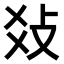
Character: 𤕝